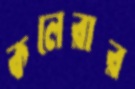
কলেরার